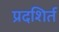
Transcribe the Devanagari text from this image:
प्रदशिर्त